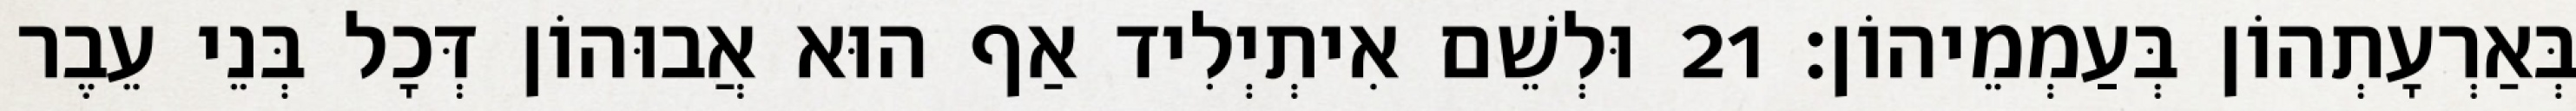
בְּאַרְעָתְהוֹן בְּעַמְמֵיהוֹן׃ 21 וּלְשֵׁם אִיתְיְלִיד אַף הוּא אֲבוּהוֹן דְּכָל בְּנֵי עֵבֶר